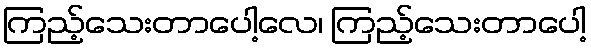
ကြည့်သေးတာပေါ့လေ၊ ကြည့်သေးတာပေါ့